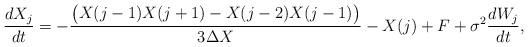
LaTeX: \begin{align*}\frac{dX_{j}}{dt}=-\frac{\big(X(j-1)X(j+1)-X(j-2)X(j-1)\big)}{3\Delta X}-X(j)+F+\sigma^2\frac{dW_j}{dt},\end{align*}